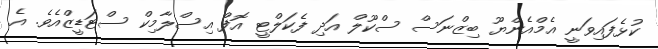
ކުޅެފައިވަނީ އެމްއެންޔޫ ބިޒްނަސް ސްކޫލް އަދި ފެކަލްޓީ އޮފް އިސްލާމިކް ސްޓަޑީޒްއެވެ. އެ